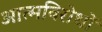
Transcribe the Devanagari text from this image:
आत्मविरोधों